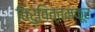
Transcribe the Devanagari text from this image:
तिरुवित्तमकूर